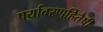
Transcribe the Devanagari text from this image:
पर्यावरणहितैषी